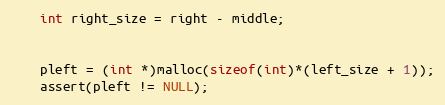
Language: C
	int right_size = right - middle;

	pleft = (int *)malloc(sizeof(int)*(left_size + 1));
	assert(pleft != NULL);